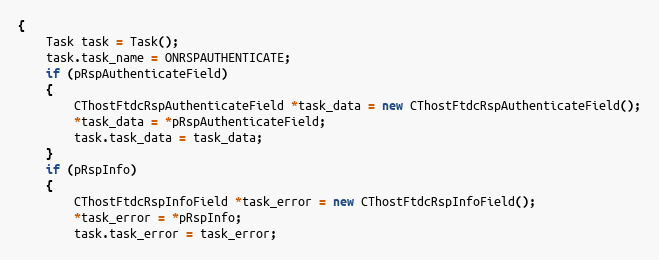
Language: C++
{
	Task task = Task();
	task.task_name = ONRSPAUTHENTICATE;
	if (pRspAuthenticateField)
	{
		CThostFtdcRspAuthenticateField *task_data = new CThostFtdcRspAuthenticateField();
		*task_data = *pRspAuthenticateField;
		task.task_data = task_data;
	}
	if (pRspInfo)
	{
		CThostFtdcRspInfoField *task_error = new CThostFtdcRspInfoField();
		*task_error = *pRspInfo;
		task.task_error = task_error;